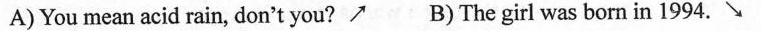
A) You mean acid rain, don't you? \nearrow B) The girl was born in 1994. \searrow